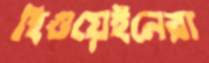
হিগুয়েইনেরা